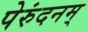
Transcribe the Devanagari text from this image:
पेरुंदनम्